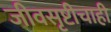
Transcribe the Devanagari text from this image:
जीवसृष्टीचाही